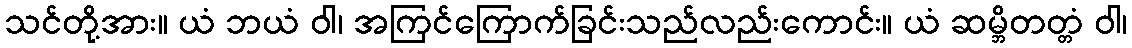
သင်တို့အား။ ယံ ဘယံ ဝါ၊ အကြင်ကြောက်ခြင်းသည်လည်းကောင်း။ ယံ ဆမ္ဘိတတ္တံ ဝါ၊